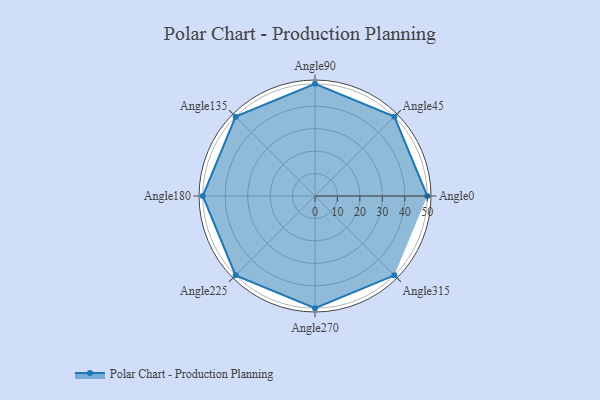
{"axis": {"x": "Angle", "y": "Radius"}, "legend": [""], "data": [{"x": "Angle0", "y": 50, "type": ""}, {"x": "Angle45", "y": 50, "type": ""}, {"x": "Angle90", "y": 50, "type": ""}, {"x": "Angle135", "y": 50, "type": ""}, {"x": "Angle180", "y": 50, "type": ""}, {"x": "Angle225", "y": 50, "type": ""}, {"x": "Angle270", "y": 50, "type": ""}, {"x": "Angle315", "y": 50, "type": ""}]}